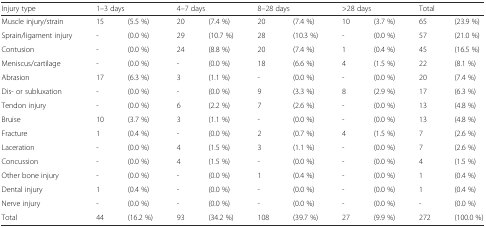
<table><thead><tr><td><b>Injury type</b></td><td colspan="2"><b>1–3 days</b></td><td colspan="2"><b>4–7 days</b></td><td colspan="2"><b>8–28 days</b></td><td colspan="2"><b>&gt;28 days</b></td><td colspan="2"><b>Total</b></td></tr></thead><tbody><tr><td>Muscle injury/strain</td><td>15</td><td>(5.5 %)</td><td>20</td><td>(7.4 %)</td><td>20</td><td>(7.4 %)</td><td>10</td><td>(3.7 %)</td><td>65</td><td>(23.9 %)</td></tr><tr><td>Sprain/ligament injury</td><td>-</td><td>(0.0 %)</td><td>29</td><td>(10.7 %)</td><td>28</td><td>(10.3 %)</td><td>-</td><td>(0.0 %)</td><td>57</td><td>(21.0 %)</td></tr><tr><td>Contusion</td><td>-</td><td>(0.0 %)</td><td>24</td><td>(8.8 %)</td><td>20</td><td>(7.4 %)</td><td>1</td><td>(0.4 %)</td><td>45</td><td>(16.5 %)</td></tr><tr><td>Meniscus/cartilage</td><td>-</td><td>(0.0 %)</td><td>-</td><td>(0.0 %)</td><td>18</td><td>(6.6 %)</td><td>4</td><td>(1.5 %)</td><td>22</td><td>(8.1 %)</td></tr><tr><td>Abrasion</td><td>17</td><td>(6.3 %)</td><td>3</td><td>(1.1 %)</td><td>-</td><td>(0.0 %)</td><td>-</td><td>(0.0 %)</td><td>20</td><td>(7.4 %)</td></tr><tr><td>Dis- or subluxation</td><td>-</td><td>(0.0 %)</td><td>-</td><td>(0.0 %)</td><td>9</td><td>(3.3 %)</td><td>8</td><td>(2.9 %)</td><td>17</td><td>(6.3 %)</td></tr><tr><td>Tendon injury</td><td>-</td><td>(0.0 %)</td><td>6</td><td>(2.2 %)</td><td>7</td><td>(2.6 %)</td><td>-</td><td>(0.0 %)</td><td>13</td><td>(4.8 %)</td></tr><tr><td>Bruise</td><td>10</td><td>(3.7 %)</td><td>3</td><td>(1.1 %)</td><td>-</td><td>(0.0 %)</td><td>-</td><td>(0.0 %)</td><td>13</td><td>(4.8 %)</td></tr><tr><td>Fracture</td><td>1</td><td>(0.4 %)</td><td>-</td><td>(0.0 %)</td><td>2</td><td>(0.7 %)</td><td>4</td><td>(1.5 %)</td><td>7</td><td>(2.6 %)</td></tr><tr><td>Laceration</td><td>-</td><td>(0.0 %)</td><td>4</td><td>(1.5 %)</td><td>3</td><td>(1.1 %)</td><td>-</td><td>(0.0 %)</td><td>7</td><td>(2.6 %)</td></tr><tr><td>Concussion</td><td>-</td><td>(0.0 %)</td><td>4</td><td>(1.5 %)</td><td>-</td><td>(0.0 %)</td><td>-</td><td>(0.0 %)</td><td>4</td><td>(1.5 %)</td></tr><tr><td>Other bone injury</td><td>-</td><td>(0.0 %)</td><td>-</td><td>(0.0 %)</td><td>1</td><td>(0.4 %)</td><td>-</td><td>(0.0 %)</td><td>1</td><td>(0.4 %)</td></tr><tr><td>Dental injury</td><td>1</td><td>(0.4 %)</td><td>-</td><td>(0.0 %)</td><td>-</td><td>(0.0 %)</td><td>-</td><td>(0.0 %)</td><td>1</td><td>(0.4 %)</td></tr><tr><td>Nerve injury</td><td>-</td><td>(0.0 %)</td><td>-</td><td>(0.0 %)</td><td>-</td><td>(0.0 %)</td><td>-</td><td>(0.0 %)</td><td>-</td><td>(0.0 %)</td></tr><tr><td>Total</td><td>44</td><td>(16.2 %)</td><td>93</td><td>(34.2 %)</td><td>108</td><td>(39.7 %)</td><td>27</td><td>(9.9 %)</td><td>272</td><td>(100.0 %)</td></tr></tbody></table>